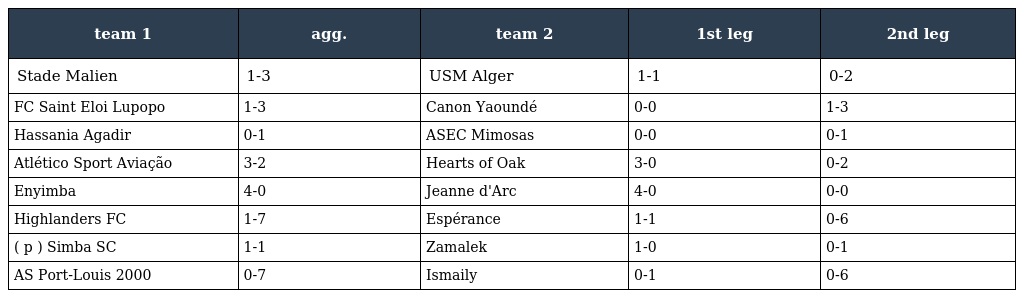
| team 1 | agg. | team 2 | 1st leg | 2nd leg |
 | --- | --- | --- | --- | --- |
 | Stade Malien | 1-3 | USM Alger | 1-1 | 0-2 |
 | FC Saint Eloi Lupopo | 1-3 | Canon Yaoundé | 0-0 | 1-3 |
 | Hassania Agadir | 0-1 | ASEC Mimosas | 0-0 | 0-1 |
 | Atlético Sport Aviação | 3-2 | Hearts of Oak | 3-0 | 0-2 |
 | Enyimba | 4-0 | Jeanne d'Arc | 4-0 | 0-0 |
 | Highlanders FC | 1-7 | Espérance | 1-1 | 0-6 |
 | ( p ) Simba SC | 1-1 | Zamalek | 1-0 | 0-1 |
 | AS Port-Louis 2000 | 0-7 | Ismaily | 0-1 | 0-6 |